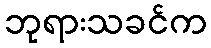
ဘုရားသခင်က